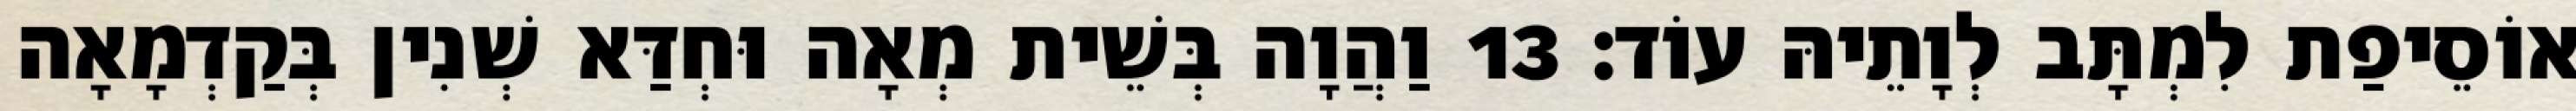
אוֹסֵיפַת לִמְתָּב לְוָתֵיהּ עוֹד׃ 13 וַהֲוָה בְּשֵׁית מְאָה וּחְדַּא שְׁנִין בְּקַדְמָאָה